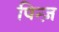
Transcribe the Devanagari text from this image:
पिन्ज़